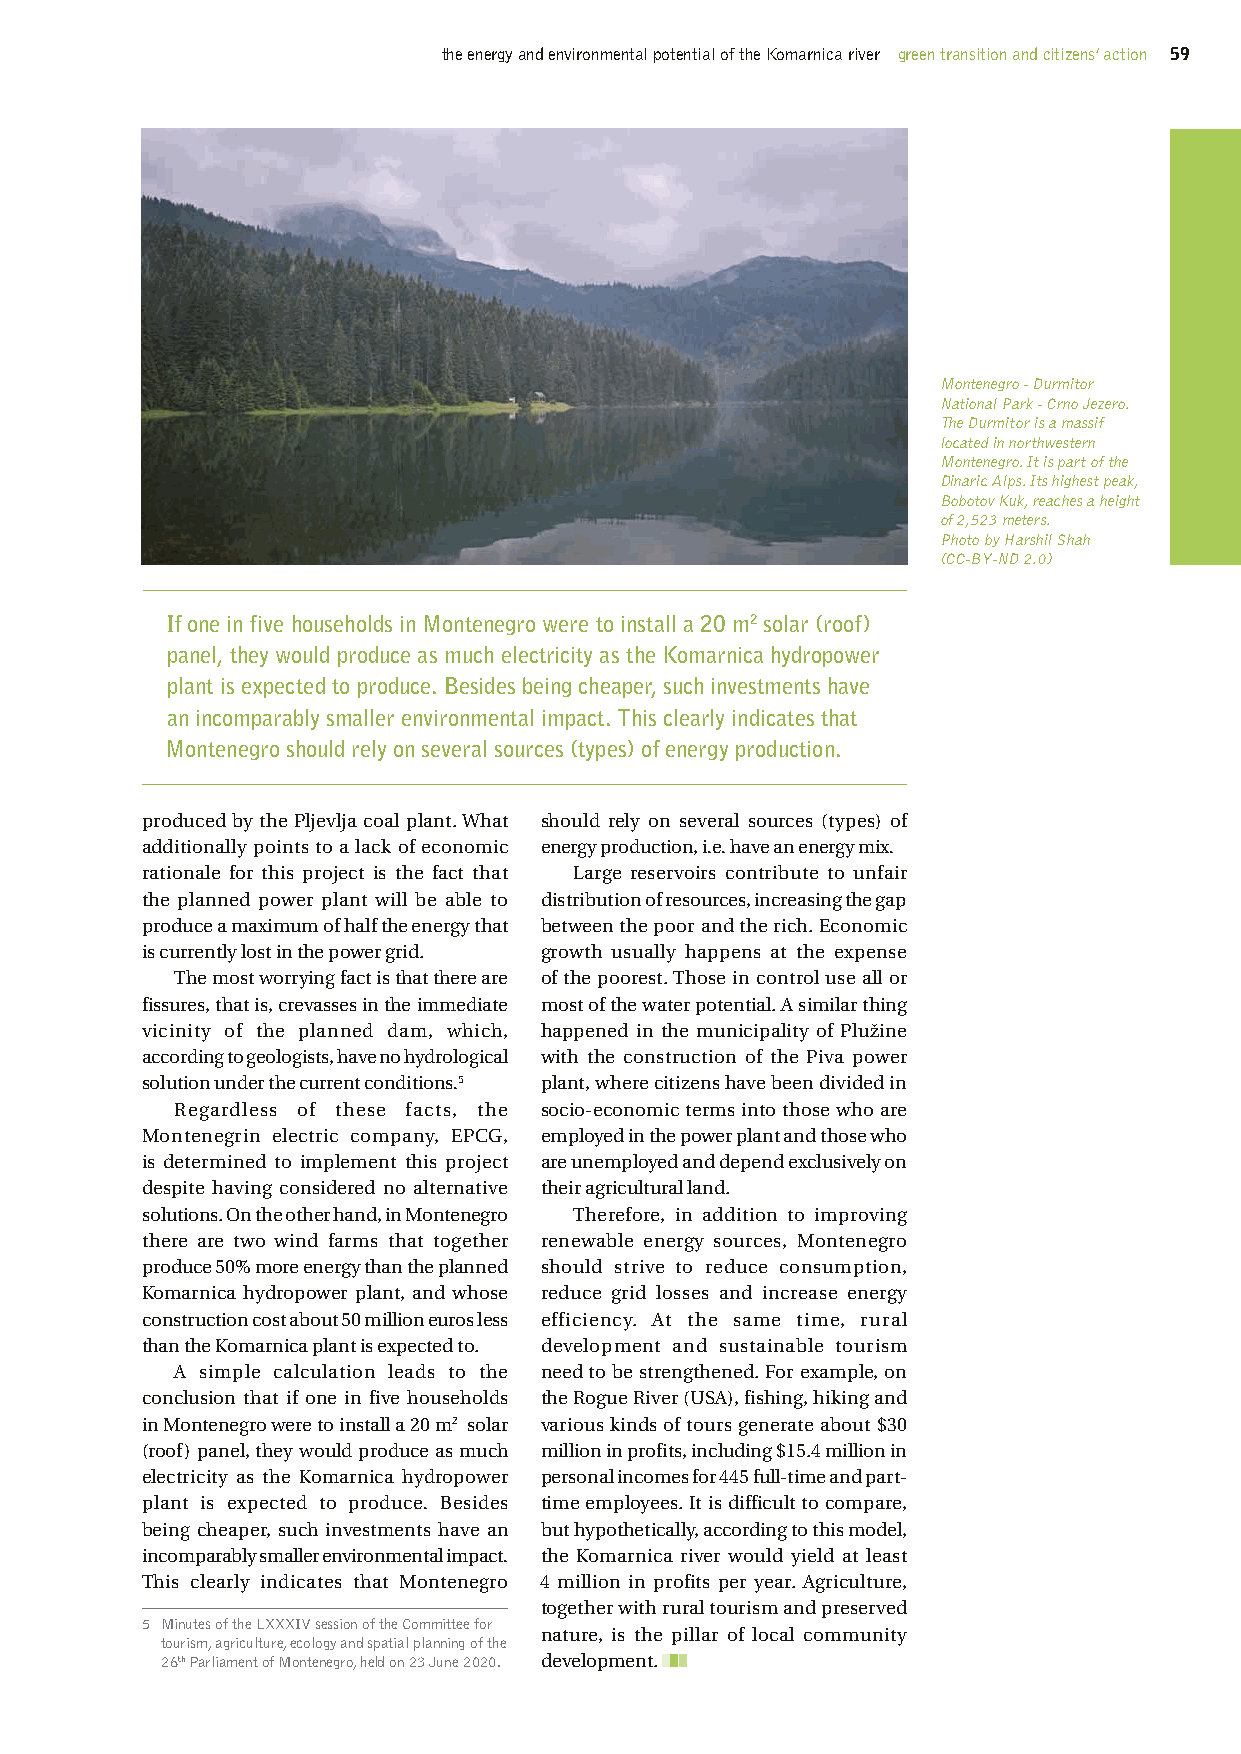
the energy and environmental potential of the Komarnica river green transition and citizens’ action 59
 Montenegro - Durmitor
 National Park - Crno Jezero.
 The Durmitor is a massif
 located in northwestern
 Montenegro. It is part of the
 Dinaric Alps. Its highest peak,
 Bobotov Kuk, reaches a height
 of 2,523 meters.
 Photo by Harshil Shah
 (CC-BY-ND 2.0)
 If one in five households in Montenegro were to install a 20 m2 solar (roof)
 panel, they would produce as much electricity as the Komarnica hydropower
 plant is expected to produce. Besides being cheaper, such investments have
 an incomparably smaller environmental impact. This clearly indicates that
 Montenegro should rely on several sources (types) of energy production.
 produced by the Pljevlja coal plant. What should rely on several sources (types) of
 additionally points to a lack of economic energy production, i.e. have an energy mix.
 rationale for this project is the fact that Large reservoirs contribute to unfair
 the planned power plant will be able to distribution of resources, increasing the gap
 produce a maximum of half the energy that between the poor and the rich. Economic
 is currently lost in the power grid. growth usually happens at the expense
 The most worrying fact is that there are of the poorest. Those in control use all or
 fissures, that is, crevasses in the immediate most of the water potential. A similar thing
 vicinity of the planned dam, which, happened in the municipality of Plužine
 according to geologists, have no hydrological with the construction of the Piva power
 solution under the current conditions.5 plant, where citizens have been divided in
 Regardless of these facts, the socio-economic terms into those who are
 Montenegrin electric company, EPCG, employed in the power plant and those who
 is determined to implement this project are unemployed and depend exclusively on
 despite having considered no alternative their agricultural land.
 solutions. On the other hand, in Montenegro Therefore, in addition to improving
 there are two wind farms that together renewable energy sources, Montenegro
 produce 50% more energy than the planned should strive to reduce consumption,
 Komarnica hydropower plant, and whose reduce grid losses and increase energy
 construction cost about 50 million euros less efficiency. At the same time, rural
 than the Komarnica plant is expected to. development and sustainable tourism
 A simple calculation leads to the need to be strengthened. For example, on
 conclusion that if one in five households the Rogue River (USA), fishing, hiking and
 in Montenegro were to install a 20 m2 solar various kinds of tours generate about $30
 (roof) panel, they would produce as much million in profits, including $15.4 million in
 electricity as the Komarnica hydropower personal incomes for 445 full-time and part-
 plant is expected to produce. Besides time employees. It is difficult to compare,
 being cheaper, such investments have an but hypothetically, according to this model,
 incomparably smaller environmental impact. the Komarnica river would yield at least
 This clearly indicates that Montenegro €4 million in profits per year. Agriculture,
 together with rural tourism and preserved
 5 Minutes of the LXXXIV session of the Committee for
 nature, is the pillar of local community
 tourism, agriculture, ecology and spatial planning of the
 26th Parliament of Montenegro, held on 23 June 2020. development.